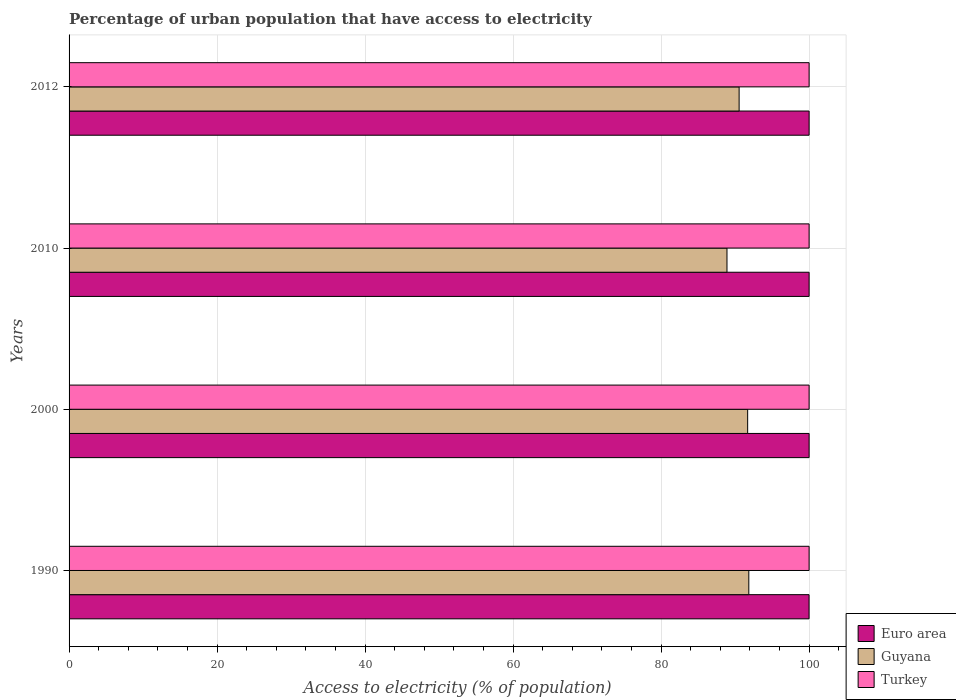
| Years | Euro area | Guyana | Turkey |
 | --- | --- | --- | --- |
 | 1990 | 100 | 91.9 | 100 |
 | 2000 | 100 | 91.7 | 100 |
 | 2010 | 100 | 88.9 | 100 |
 | 2012 | 100 | 90.5 | 100 |